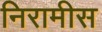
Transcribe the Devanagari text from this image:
निरामीस